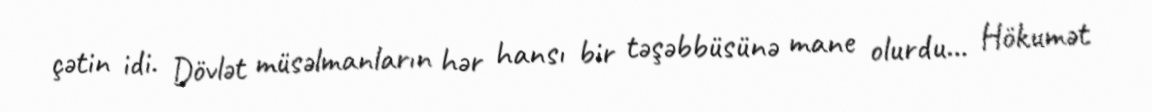
çətin idi. Dövlət müsəlmanların hər hansı bir təşəbbüsünə mane olurdu... Hökumət